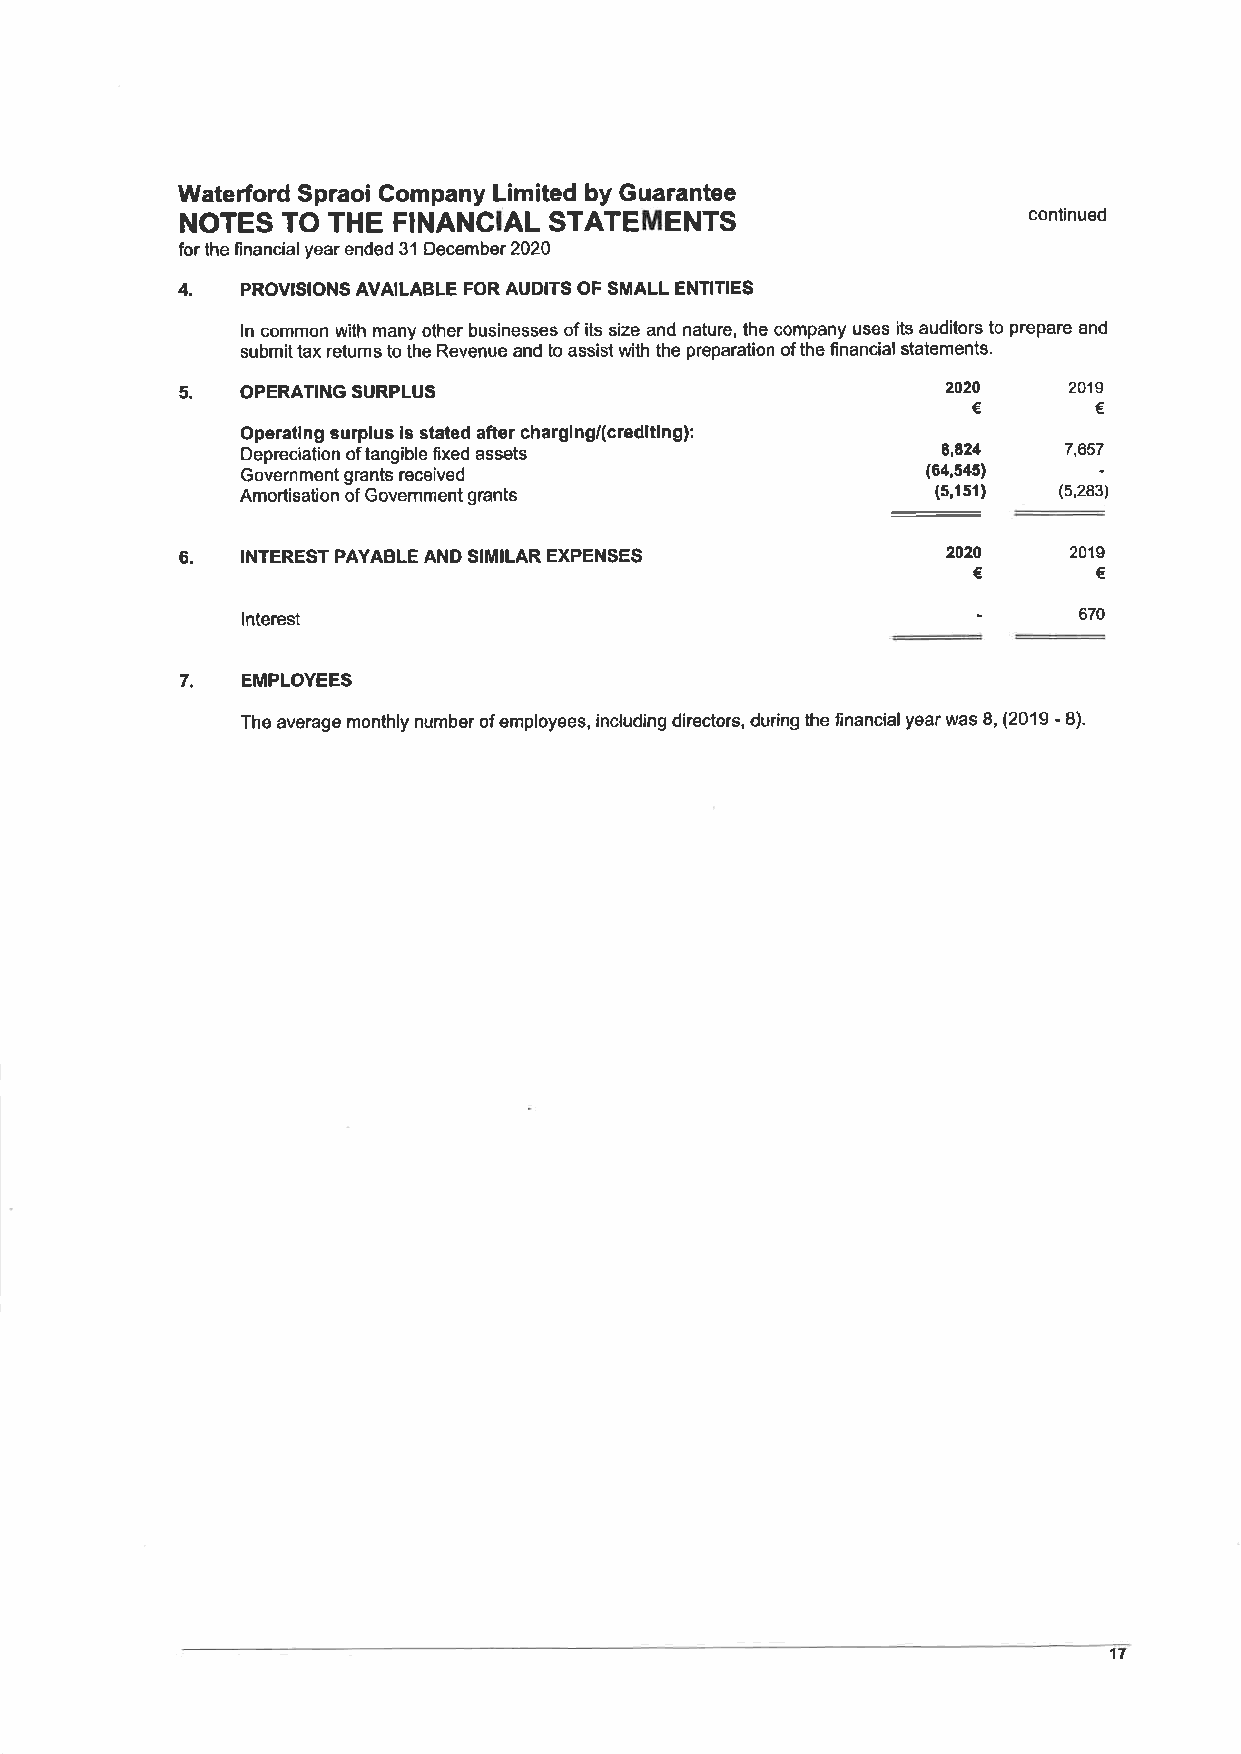
Wateford Spraoi Company Limited by Guarantee
 NOTES  TO THE FINANCIAL STATEMENTS                      continued
 for the financial year ended 31 December 2020
 4.
 PROVISIONS AVAILABLE FOR AUDITS OF SMALL ENTITIES
 ln common wiih many other businesses of its size and nature, the company uses its auditors to prepare and
 submit tax retums to the Revenue and to assist with the preparation of the financial statements.
 5.  OPERATINGSURPLUS                               2020    2019
 €       €
 Operating surplus is stated after charging/(crediting):
 Depreciation of tangible fixed assets         E,824    7,657
 Government grants received                   (64,545)
 Amortisation of Government grants             (5,151) (5,283)
 6.  INTEREST PAYABLE AND SIMILAR EXPENSES          2020    2019
 €        €
 lnterest                                               670
 7.  EMPLOYEES
 The average monthly number of employees, including directors, during the financial year was 8, (2019 - 8).
 17